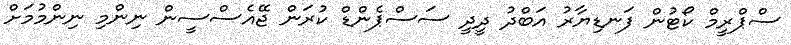
ސްޕްރީމް ކޯޓުން ފަނޑިޔާރު އަބްދު ދީދީ ސަސްޕެންޑް ކުރަން ޖޭއެސްސީން ނިންމި ނިންމުމަށް